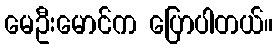
မေဦးမောင်က ပြောပါတယ်။